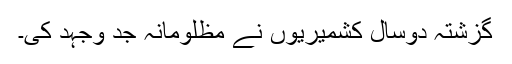
گزشتہ دوسال کشمیریوں نے مظلومانہ جد وجہد کی۔